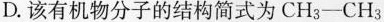
D.该有机物分子的结构简式为CH_{3}——CH_{3}